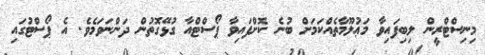
މިނިސްޓްރީން ލިބިފައިވާ މަޢުލޫމާތެއްކަމަށް ބުނެ ކޮށްފައިވާ ޕޯސްޓްއާ ގުޅޭގޮތުން ދަންނަވަމެވެ. އެ ޕޯސްޓުގައި